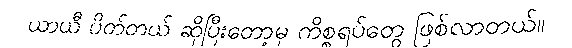
ယာယီ ပိတ်တယ် ဆိုပြီးတော့မှ ကိစ္စရပ်တွေ ဖြစ်လာတယ်။